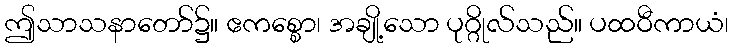
ဤသာသနာတော်၌။ ဧကစ္စော၊ အချို့သော ပုဂ္ဂိုလ်သည်။ ပထဝီကာယံ၊